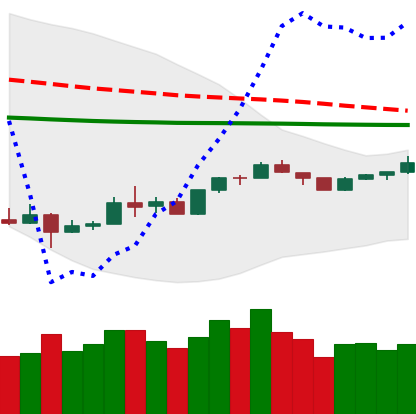
Ticker: XMR-USD
Chart end date: 2020-04-02
Forward return: 10.194%
Label: up_7plus